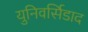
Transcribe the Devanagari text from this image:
युनिवर्सिडाद